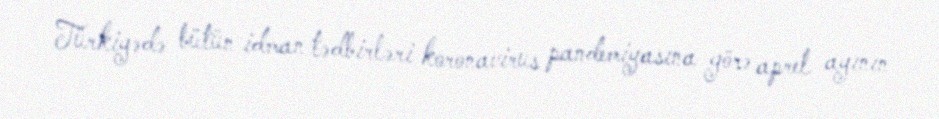
Türkiyədə bütün idman tədbirləri koronavirus pandemiyasına görə aprel ayının